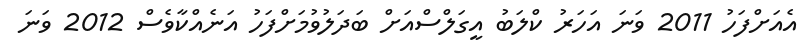
އެއަށްފަހު 2011 ވަނަ އަހަރު ކްލަބު އީގަލްސްއަށް ބަދަލުވުމަށްފަހު އަނެއްކާވެސް 2012 ވަނަ